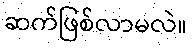
ဆက်ဖြစ်လာမလဲ။